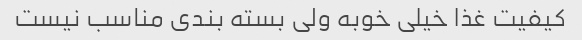
کیفیت غذا خیلی خوبه ولی بسته بندی مناسب نیست